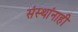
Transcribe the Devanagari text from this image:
संस्थांनाही